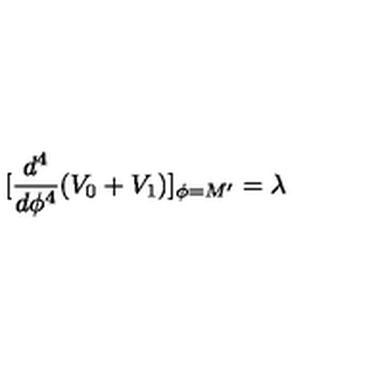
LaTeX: [ \frac { d ^ { 4 } } { d \phi ^ { 4 } } ( V _ { 0 } + V _ { 1 } ) ] _ { \phi = M ^ { \prime } } = \lambda